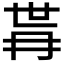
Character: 𭁫